Vaccination in the Punjab 1867-1880 - 1867-1880
Year: 1867
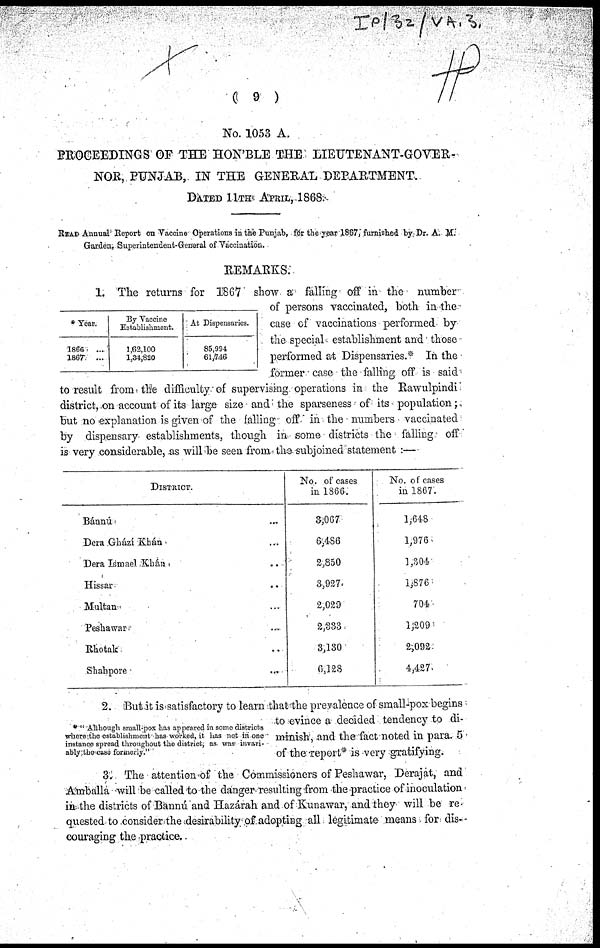
( 9 )
No. 1053 A.
PROCEEDINGS OF THE HON'BLE THE LIEUTENANT-GOVER-
NOR, PUNJAB, IN THE GENERAL DEPARTMENT.
DATED 11TH APRIL, 1868.
READ Annual Report on Vaccine Operations in the Punjab, for the year 1867, furnished by Dr. A. M.
Garden, Superintendent-General of Vaccination.
REMARKS.
* Year.
1866 ...
1867 ...
By Vaccine
Establishment.
1,62,100
1,34,820
At Dispensaries.
85,994
61,746
1. The returns for 1867 show a falling off in the number
of persons vaccinated, both in the
case of vaccinations performed by
the special establishment and those
performed at Dispensaries.* In the
former case the falling off is said
to result from the difficulty of supervising operations in the Rawulpindi
district, on account of its large size and the sparseness of its population;
but no explanation is given of the falling off in the numbers vaccinated
by dispensary establishments, though in some districts the falling off
is very considerable, as will be seen from the subjoined statement :—
DISTRICT.
Bánnú ...
Dera Ghází Khán
...
Dera Ismael Khán
...
Hissar ...
Multan ...
Peshawar ...
Rhotak ...
Shahpore ...
No. of cases
in 1866.
3,067
6,486
2,850
3,927
2,029
2,333
3,130
6,128
No. of cases
in 1867.
1,648
1,976
1,304
1,876
704
1,209
2,092
4,427
* "Although small-pox has appeared in some districts
where the establishment has worked, it has not in one
instance spread throughout the district, as was invari-
ably the case formerly."
2. But it is satisfactory to learn that the prevalence of small-pox begins
to evince a decided tendency to di-
minish, and the fact noted in para. 5
of the report* is very gratifying.
3. The attention of the Commissioners of Peshawar, Derajat, and
Amballa will be called to the danger-resulting from the practice of inoculation
in the districts of Bannú and Hazárah and of Kunawar, and they will be re-
quested to consider the desirability of adopting all legitimate means for dis-
couraging the practice.